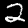
Label: 2